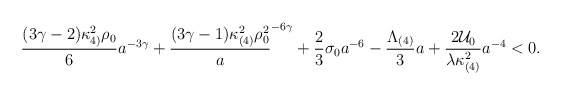
\begin{align*}\frac{(3\gamma -2)\kappa_{4)}^{2} \rho_{0}}{6} a^{-3\gamma} +\frac{(3\gamma -1)\kappa_{(4)}^{2}\rho_{0}^{2}} a^{-6\gamma} +\frac{2}{3} \sigma_{0} a^{-6} -\frac{\Lambda_{(4)}}{3}a +\frac{2{\cal U}_{0}}{\lambda \kappa_{(4)}^{2}} a^{-4} < 0.\end{align*}